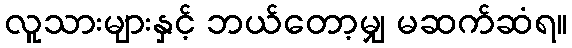
လူသားများနှင့် ဘယ်တော့မျှ မဆက်ဆံရ။